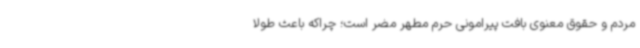
مردم و حقوق معنوی بافت پیرامونی حرم مطهر مضر است؛ چراکه باعث طولا